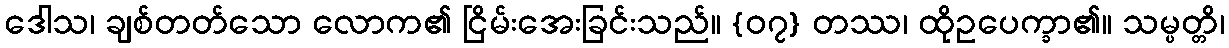
ဒေါသ၊ ချစ်တတ်သော လောက၏ ငြိမ်းအေးခြင်းသည်။ {၀၇} တဿ၊ ထိုဥပေက္ခာ၏။ သမ္ပတ္တိ၊